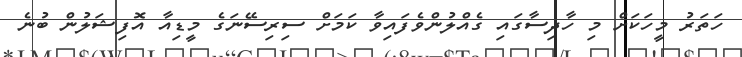
ހަތަރު މީހަކަށް މި ހާދިސާގައި ގެއްލުންވެފައިވާ ކަމަށް ސިރިސޭނަގެ މީޑިއާ އޮފިޝަލުން ބުނެ